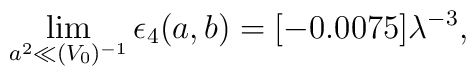
\lim_{a^2 \ll (V_0)^{-1}}\epsilon_4(a,b)=[-0.0075]\lambda^{-3},